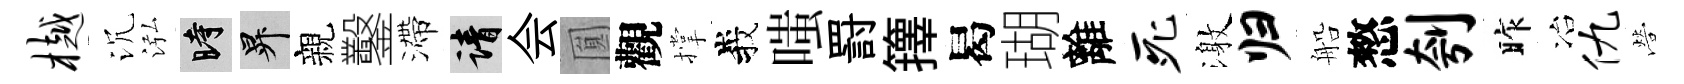
樾沉泓时升親鑿滯請会圎觀撑峩嗤罸籜曷瑚離死激归船憗刳昨冶仇營